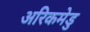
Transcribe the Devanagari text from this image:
अरिकमेडु